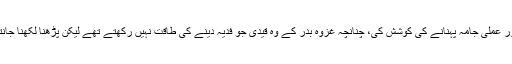
اس پیغام کی جامعیت کو خود حضور ﷺ نے بھی سنجیدگی سے لیا اور ہر ممکن طور عملی جامہ پہنانے کی کوشش کی، چنانچہ غزوہ بدر کے وہ قیدی جو فدیہ دینے کی طاقت نہیں رکھتے تھے لیکن پڑھنا لکھنا جانتے تھے، آپ صلعم نے ان کا فدیہ یہ متعین کیا کہ وہ بچوں کو پڑھنا لکھنا سکھائیں۔